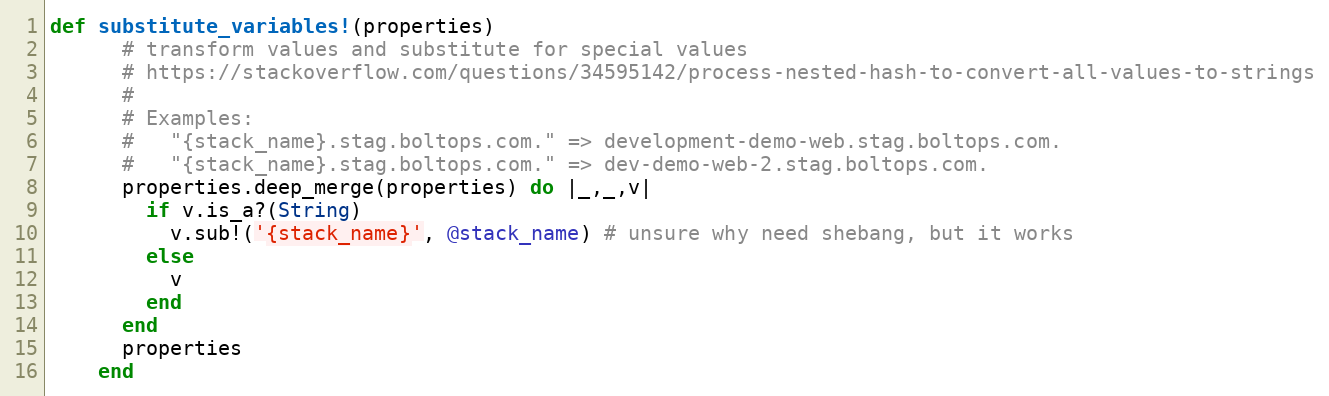
Language: Ruby
def substitute_variables!(properties)
      # transform values and substitute for special values
      # https://stackoverflow.com/questions/34595142/process-nested-hash-to-convert-all-values-to-strings
      #
      # Examples:
      #   "{stack_name}.stag.boltops.com." => development-demo-web.stag.boltops.com.
      #   "{stack_name}.stag.boltops.com." => dev-demo-web-2.stag.boltops.com.
      properties.deep_merge(properties) do |_,_,v|
        if v.is_a?(String)
          v.sub!('{stack_name}', @stack_name) # unsure why need shebang, but it works
        else
          v
        end
      end
      properties
    end